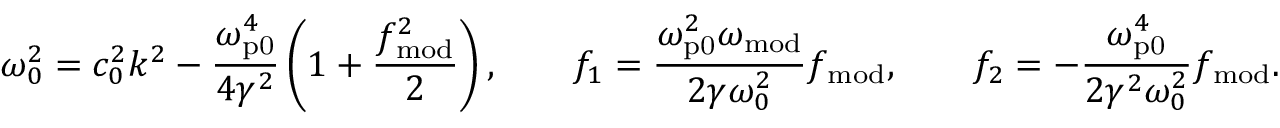
\omega _ { 0 } ^ { 2 } = c _ { 0 } ^ { 2 } k ^ { 2 } - \frac { \omega _ { \mathrm { p 0 } } ^ { 4 } } { 4 \gamma ^ { 2 } } \left( 1 + \frac { f _ { \mathrm { m o d } } ^ { 2 } } { 2 } \right) , \qquad f _ { 1 } = \frac { \omega _ { \mathrm { p 0 } } ^ { 2 } \omega _ { \mathrm { m o d } } } { 2 \gamma \omega _ { 0 } ^ { 2 } } f _ { \mathrm { m o d } } , \qquad f _ { 2 } = - \frac { \omega _ { \mathrm { p 0 } } ^ { 4 } } { 2 \gamma ^ { 2 } \omega _ { 0 } ^ { 2 } } f _ { \mathrm { m o d } } .